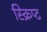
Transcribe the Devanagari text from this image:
स्क्रिप्‍ट